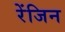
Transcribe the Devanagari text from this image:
रेंजिन